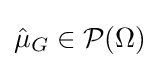
{\hat {\mu }}_{G}\in {\mathcal {P}}(\Omega )